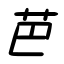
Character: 芭